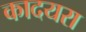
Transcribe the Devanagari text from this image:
कादयरा